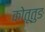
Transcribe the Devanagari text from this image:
कोतूतुङ